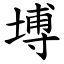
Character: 㙛